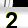
Digit: 2